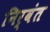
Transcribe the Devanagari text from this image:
निर्वंत